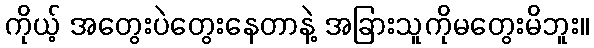
ကိုယ့် အတွေးပဲတွေးနေတာနဲ့ အခြားသူကိုမတွေးမိဘူး။